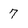
Character: 7